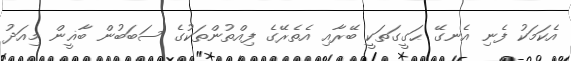
އެކަމަކު ފެނި އެނގޭ ޙަގީގަތަކީ ބޭރާއި އެތެރޭގެ ފިއްތުންތަކުގެ ސަބަބުން ބާޣީން މިއަދު